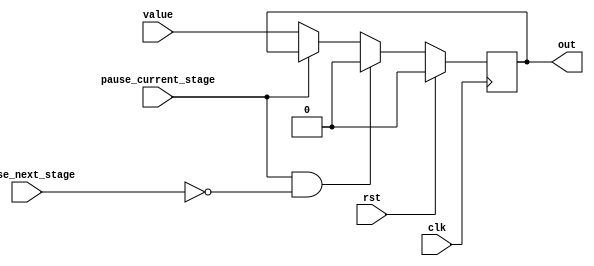
module PiplineDeliver #(parameter width = 1)
                       (input clk,
                        input rst,
                        input pause_current_stage,
                        input pause_next_stage,
                        input[width-1: 0] value,
                        output reg[width-1: 0] out);
                        
    always@(posedge clk)
    begin
        if (rst)
            out <= 0;
        else if (pause_current_stage && !pause_next_stage)
            out <= 0;
        else if (!pause_current_stage)
            out <= value;
    end
endmodule